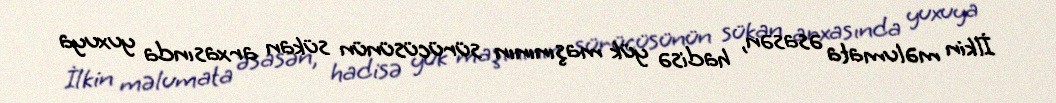
İlkin məlumata əsasən, hadisə yük maşınının sürücüsünün sükan arxasında yuxuya